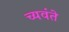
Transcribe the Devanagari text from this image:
च्यवंते